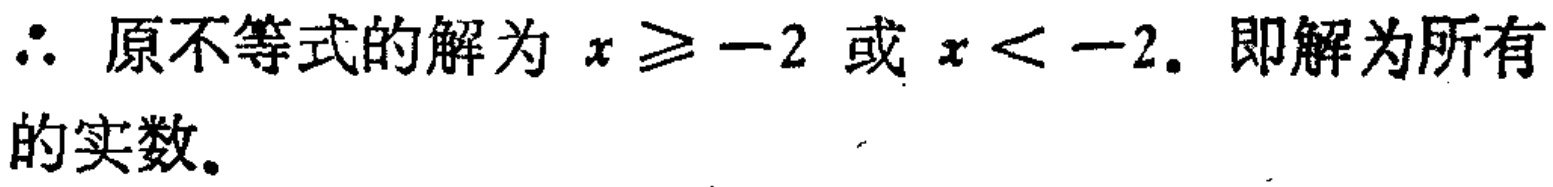
\(\therefore\) 原不等式的解为 \(x\geqslant -2\) 或 \(x < -2.\) 即解为所有的实数.